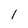
Character: 1